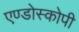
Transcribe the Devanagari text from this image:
एण्डोस्कोपी